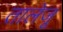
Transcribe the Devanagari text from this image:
तालेजू